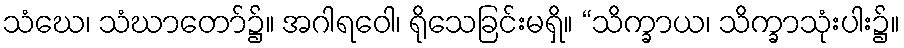
သံဃေ၊ သံဃာတော်၌။ အဂါရဝေါ၊ ရိုသေခြင်းမရှိ။ “သိက္ခာယ၊ သိက္ခာသုံးပါး၌။